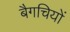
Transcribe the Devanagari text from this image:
बैगचियों